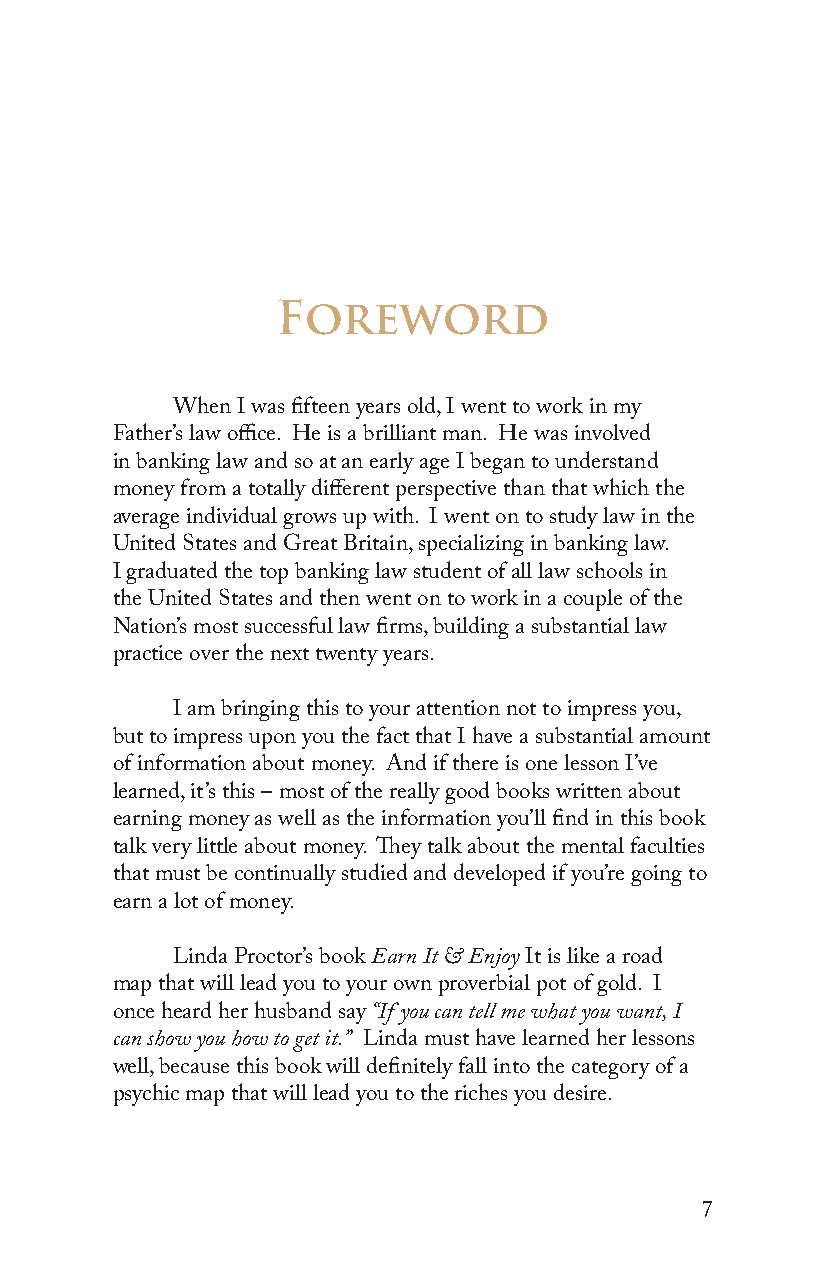
Foreword
 When I was fifteen years old, I went to work in my
 Father’s law office. He is a brilliant man. He was involved
 in banking law and so at an early age I began to understand
 money from a totally different perspective than that which the
 average individual grows up with. I went on to study law in the
 United States and Great Britain, specializing in banking law.
 I graduated the top banking law student of all law schools in
 the United States and then went on to work in a couple of the
 Nation’s most successful law firms, building a substantial law
 practice over the next twenty years.
 I am bringing this to your attention not to impress you,
 but to impress upon you the fact that I have a substantial amount
 of information about money. And if there is one lesson I’ve
 learned, it’s this – most of the really good books written about
 earning money as well as the information you’ll find in this book
 talk very little about money. They talk about the mental faculties
 that must be continually studied and developed if you’re going to
 earn a lot of money.
 Linda Proctor’s book Earn It & Enjoy It is like a road
 map that will lead you to your own proverbial pot of gold. I
 once heard her husband say “If you can tell me what you want, I
 can show you how to get it.” Linda must have learned her lessons
 well, because this book will definitely fall into the category of a
 psychic map that will lead you to the riches you desire.
 7